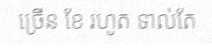
ច្រើន ខែ រហូត ទាល់តែ